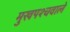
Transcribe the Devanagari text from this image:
मुखपश्चवाले